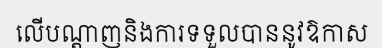
លើបណ្តាញនិងការទទួលបាននូវឱកាស